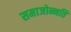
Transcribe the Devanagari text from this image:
समाजोन्नति